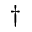
^ { \dagger }